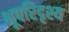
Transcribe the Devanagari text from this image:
भूपरिदृश्य